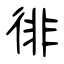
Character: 徘